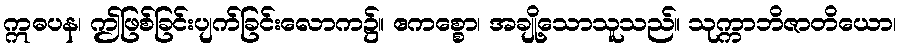
ဣဓပန၊ ဤဖြစ်ခြင်းပျက်ခြင်းလောက၌။ ဧကစ္စော၊ အချို့သောသူသည်။ သုက္ကာဘိဇာတိယော၊